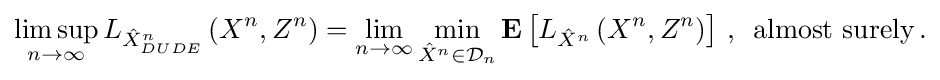
{\begin{aligned}\limsup _{n\to \infty }L_{{\hat {X}}_{DUDE}^{n}}\left(X^{n},Z^{n}\right)=\lim _{n\to \infty }\min _{{\hat {X}}^{n}\in {\mathcal {D}}_{n}}\mathbf {E} \left[L_{{\hat {X}}^{n}}\left(X^{n},Z^{n}\right)\right]\,,\,{\text{ almost surely}}\,.\end{aligned}}